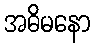
အဓိမနော